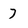
Character: 7